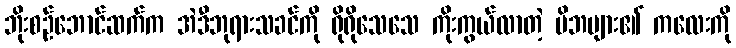
ဘိုးစဉ်ဘောင်ဆက်က အဲဒီဘုရားသခင်ကို ရိုရိုသေသေ ကိုးကွယ်လာတဲ့ မိဘများ၏ ကလေးကို